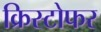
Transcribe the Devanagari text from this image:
क्रिस्‍टोफर